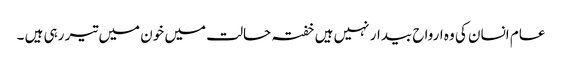
عام انسان کی وہ ارواح بیدار نہیں ہیں خفتہ حالت میں خون میں تیر رہی ہیں ۔